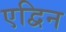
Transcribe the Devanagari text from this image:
एद्विन